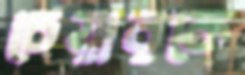
চেয়ারকে